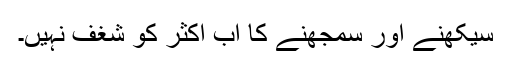
سیکھنے اور سمجھنے کا اب اکثر کو شغف نہیں۔